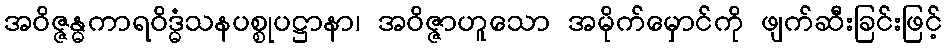
အဝိဇ္ဇန္ဓကာရဝိဒ္ဓံသနပစ္စုပဋ္ဌာနာ၊ အဝိဇ္ဇာဟူသော အမိုက်မှောင်ကို ဖျက်ဆီးခြင်းဖြင့်